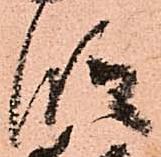
段